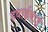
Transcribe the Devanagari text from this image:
हवाईयाई